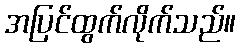
အပြင်ထွက်လိုက်သည်။